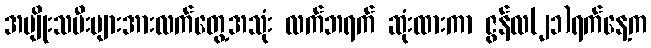
အမျိုးသမီးများအားလက်တွေ့အသုံး လက်ဘရက် ဆုံးထားကာ ဇွန်လ(၂၁)ရက်နေ့က